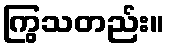
ကြွသတည်း။